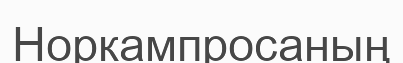
Норкампросаның